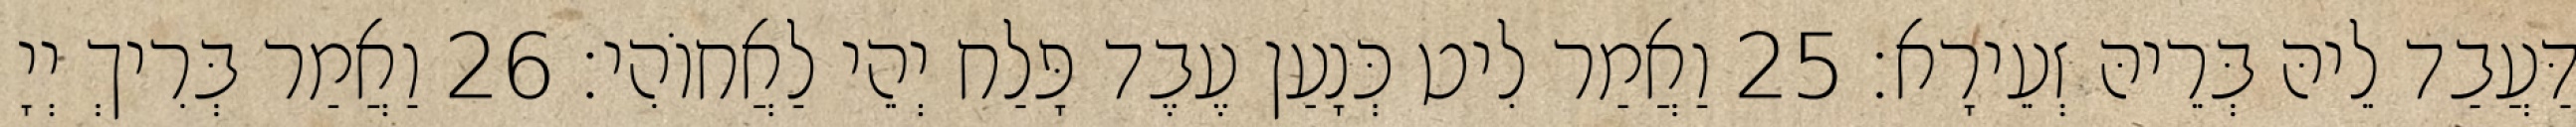
דַּעֲבַד לֵיהּ בְּרֵיהּ זְעֵירָא׃ 25 וַאֲמַר לִיט כְּנָעַן עֶבֶד פָּלַח יְהֵי לַאֲחוֹהִי׃ 26 וַאֲמַר בְּרִיךְ יְיָ